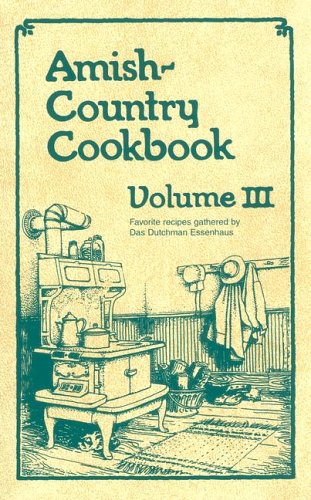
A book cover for Amish-Country Cookbook, Vol. 3; Bob Miller; Cookbooks, Food & Wine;